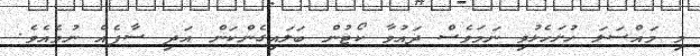
މި މައްސަލަ ހުށަހެޅުވި ނަމަވެސް ދައުވާ ކޯޓުން ބަލައިގެންކަން އަދި ސާފެއް ނުވެއެވެ.